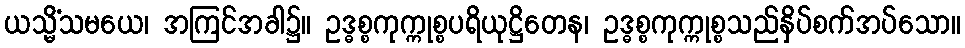
ယသ္မိံသမယေ၊ အကြင်အခါ၌။ ဥဒ္ဓစ္စကုက္ကုစ္စပရိယုဋ္ဌိတေန၊ ဥဒ္ဓစ္စကုက္ကုစ္စသည်နှိပ်စက်အပ်သော။